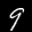
Label: 9